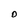
Character: O